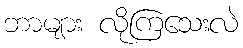
ဘာများ လိုကြသေးလဲ